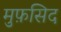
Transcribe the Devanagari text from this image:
मुफ़सिद